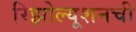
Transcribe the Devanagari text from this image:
रिझोल्यूशनची